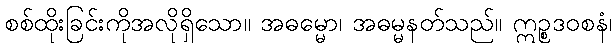
စစ်ထိုးခြင်းကိုအလိုရှိသော။ အဓမ္မော၊ အဓမ္မနတ်သည်။ ဣဉ္စဒဝစနံ၊